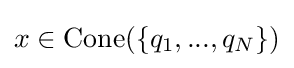
x\in \mathrm {Cone} (\{q_{1},...,q_{N}\})